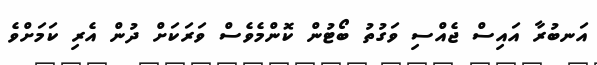
އަނބުރާ އައިސް ޖެއްސި ވަގުތު ބޯޓުން ކޮންމެވެސް ވަރަކަށް ދުން އެރި ކަމަށްވެ